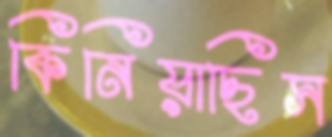
কিনিয়াছিস